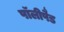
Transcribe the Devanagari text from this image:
पॉलीपैड